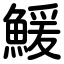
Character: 鰀